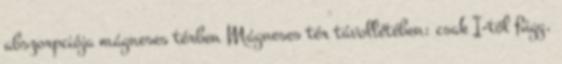
abszorpciója mágneses térben Mágneses tér távollétében: csak I-től függ,